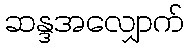
ဆန္ဒအလျှောက်